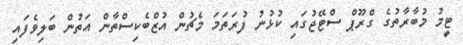
ޓީމު މުބާރާތުގެ ގްރޫޕް ސްޓޭޖުގައި ކުޅުނު ފުރަތަމަ މެޗުން އުޒްބެކިސްތާން އަތުން ބަލިވެފައި